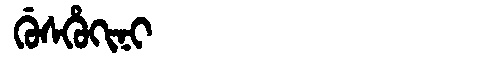
Manchu: ᡤᡠᠰᡥᡠᡴᡳᠨᡳ
Romanization: GUSHUKINI